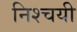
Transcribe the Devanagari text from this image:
निश्‍चयी